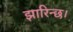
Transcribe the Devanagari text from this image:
झारिन्छ।